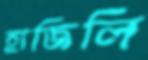
হাজিলি